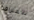
للاعتراف